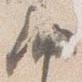
納